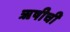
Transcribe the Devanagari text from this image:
ॠषीची